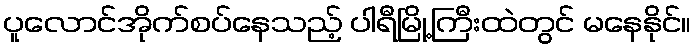
ပူလောင်အိုက်စပ်နေသည့် ပါရီမြို့ကြီးထဲတွင် မနေနိုင်။